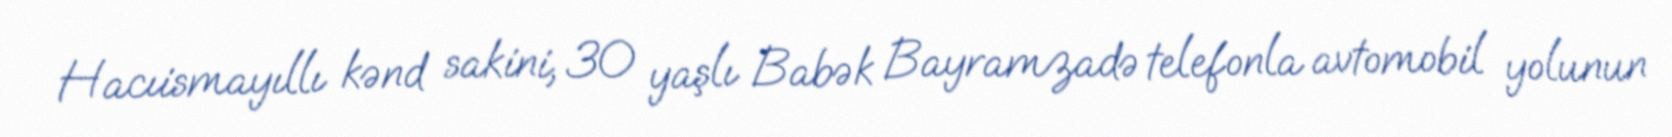
Hacıismayıllı kənd sakini, 30 yaşlı Babək Bayramzadə telefonla avtomobil yolunun